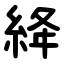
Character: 絳